Tezpur Lunatic Asylum reports 1895-1904 - 1895-1904
Year: 1895
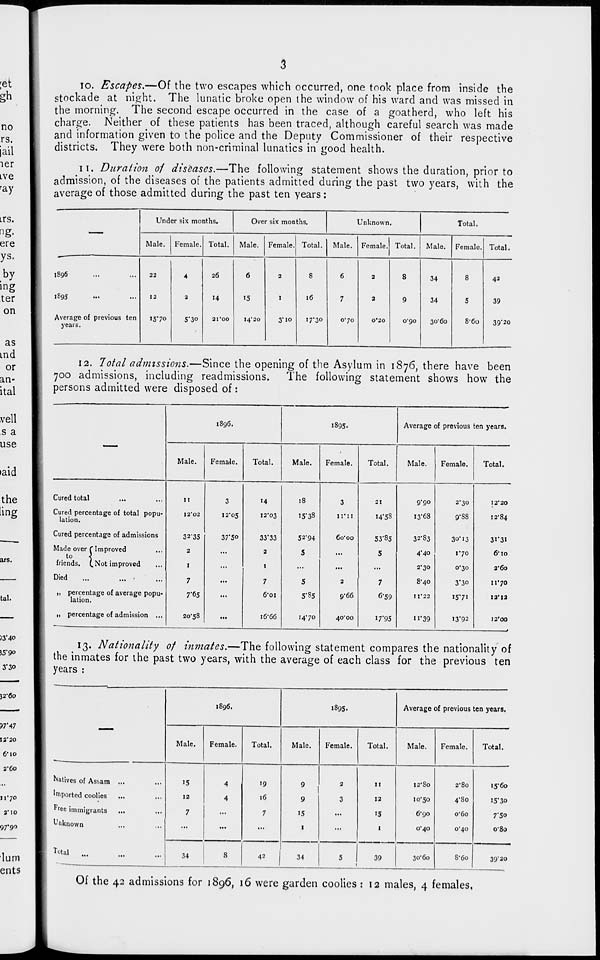
io. Escapes.—Of the two escapes which occurred, one took place from inside the
stockade at night. The lunatic broke open the window of his ward and was missed in
the morning. The second escape occurred in the case of a goatherd, who left his
charge. Neither of these patients has been traced, although careful search was made
and information given to the police and the Deputy Commissioner of their respective
districts. They were both non-criminal lunatics in good health.
II. Duration of diseases.—The following statement shows the duration, prior to
admission, of the diseases of the patients admitted during the past two years, with the
average of those admitted during the past ten years:
Under six months.
Over six months.
Unknown.
Total.
Male.
Female. Total.
Male. Female. Total.
Male. Female. Total.
Male.
Female. Total.
I89G
22
4
26
6
2
8
6
2
8
34
8
42
189s
12
2
14
'5
1
16
7
2
9
34
5
39
Average of previous ten
1570
5*30
21*00
14*20
3" 10
I7'30
070
0*20
o'go
30*60
8*6o
39"20
years.
12. Total admissions.—Since the opening of the Asylum in 1876, there have been
700 admissions, including read missions. The following statement shows how the
persons admitted were disposed of:
1896.
1895.
Average of previous en years.
——
Male.
Female.
Total.
Male.
Female.
Total.
Male.
Female.
Total.
Cured total
...
11
3
14
18
3
21
9-90
2*30
I2'20
Cured percentage of total popu-
lation.
12*02
12*05
12*03
15-38
Xl'il
14-58
13*68
9*S8
12*84
Cured percentage of admissions
32*35
37*50
33'33
52*94
6o*oo
53-85
32*83
30*13
31*31
Made over C Improved
to
]
friends. (.Not improved
2
...
2
5
...
5
4-40
1*70
6*io
I
...
1
...
...
...
2*30
0*30
2'6o
Died
...
... -
7
...
7
5
2
7
8*40
3'3o
1170
„ percentage of average popu-
lation.
7*65
...
6*oi
5"85
9*66
6-59
11*22
15-71
12*12
II percentage of admission ...
20*58
...
1&66
1470
40*00
17-95
n*39
13-92
12'00
13. Nationality of inmates.—The following statement compares the nationality of
the inmates for the past two years, with the average of each class for the previous ten
years :
1896.
1895.
Average of previous ten years.
——
Male.
Female.
Total.
Male.
Female.
Total.
Male.
Female.
Total.
Natives of Asbam ...
15
4
'9
9
2
11
12*80
2*80
i5'6o
Imported coolies
12
4
16
9
3
12
10*50
4*80
'5-30
free immigrants
7
...
7
•5
...
15
6*90
o*6o
7-5o
Unknown
...
...
...
1
...
1
0*40
0*40
o*8o
Total
34
S
42
34
5
39
30*60
8* 60
39'2o
Of the 42 admissions for 1896, 16 were garden coolies : 12 males, 4 females,